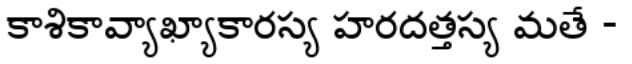
కాశికావ్యాఖ్యాకారస్య హరదత్తస్య మతే -